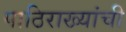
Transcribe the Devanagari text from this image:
पाठिराख्यांची